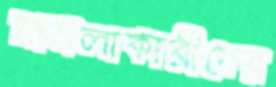
মামলাকারীদের